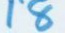
18